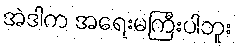
အဲဒါက အရေးမကြီးပါဘူး